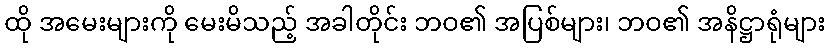
ထို အမေးများကို မေးမိသည့် အခါတိုင်း ဘဝ၏ အပြစ်များ၊ ဘဝ၏ အနိဋ္ဌာရုံများ